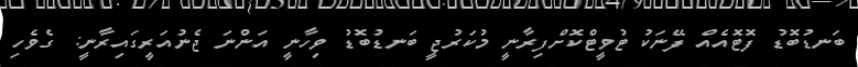
ބަނޑުބޮޑު ފޮޓޮއެއް ފޭނަކު ޓުވީޓްކޮށްފިރާނީ މުކަރުޖީ ބަނޑުބޮޑު ވިހާނީ އަންނަ ޖެނުއަރީގައިރާނީ: ގެވެހި